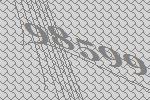
98599